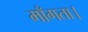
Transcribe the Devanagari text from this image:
माँगता।